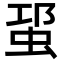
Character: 𧊡